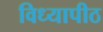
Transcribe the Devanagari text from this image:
विध्यापीठ